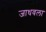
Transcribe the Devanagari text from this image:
जाधवला